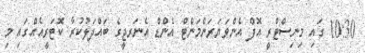
10:30 ގައި މިނިސްޓްރީ އޮފް އެންވަޔަރަންމަންޓް އެންޑް އެނަރޖީގެ ބައްދަލުކުރާ ކޮޓަރީއެއްގައި މި